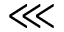
\lll